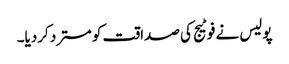
پولیس نے فوٹیج کی صداقت کو مسترد کردیا۔